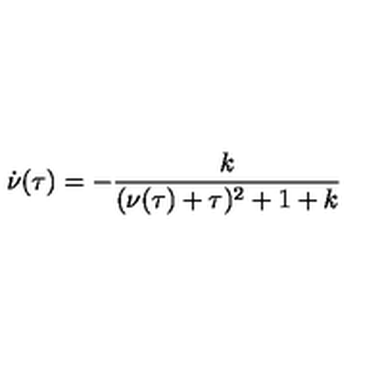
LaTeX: \dot { \nu } ( \tau ) = - { \frac { k } { ( \nu ( \tau ) + \tau ) \sp 2 + 1 + k } }